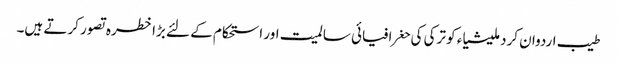
طیب اردوان کردملیشیاء کو ترکی کی حغرافیائی سالمیت اور استحکام کے لئے بڑا خطرہ تصور کرتے ہیں۔